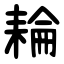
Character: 耣